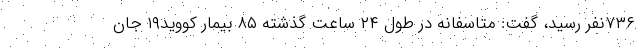
۷۳۶نفر رسید، گفت: متاسفانه در طول ۲۴ ساعت گذشته ۸۵ بیمار کووید۱۹ جان